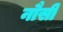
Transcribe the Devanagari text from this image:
नौसी